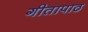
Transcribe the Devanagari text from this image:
गीतापाठ